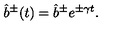
\hat { b } ^ { \pm } ( t ) = \hat { b } ^ { \pm } e ^ { \pm \gamma t } .